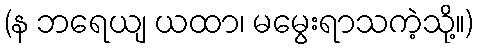
(န ဘရေယျ ယထာ၊ မမွေးရာသကဲ့သို့။)